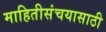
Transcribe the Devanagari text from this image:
माहितीसंचयासाठी